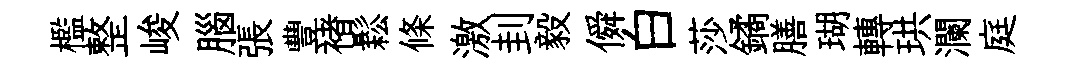
檻整峻腦張豐褚鬆條激刲毅僢白莎鐍膳瑚轉珙瀾庭